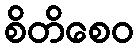
စိတိစေဝ